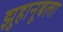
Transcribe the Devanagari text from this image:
झुहानूबला